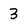
Character: 3